Trukikaitis_Postimees, lk 3
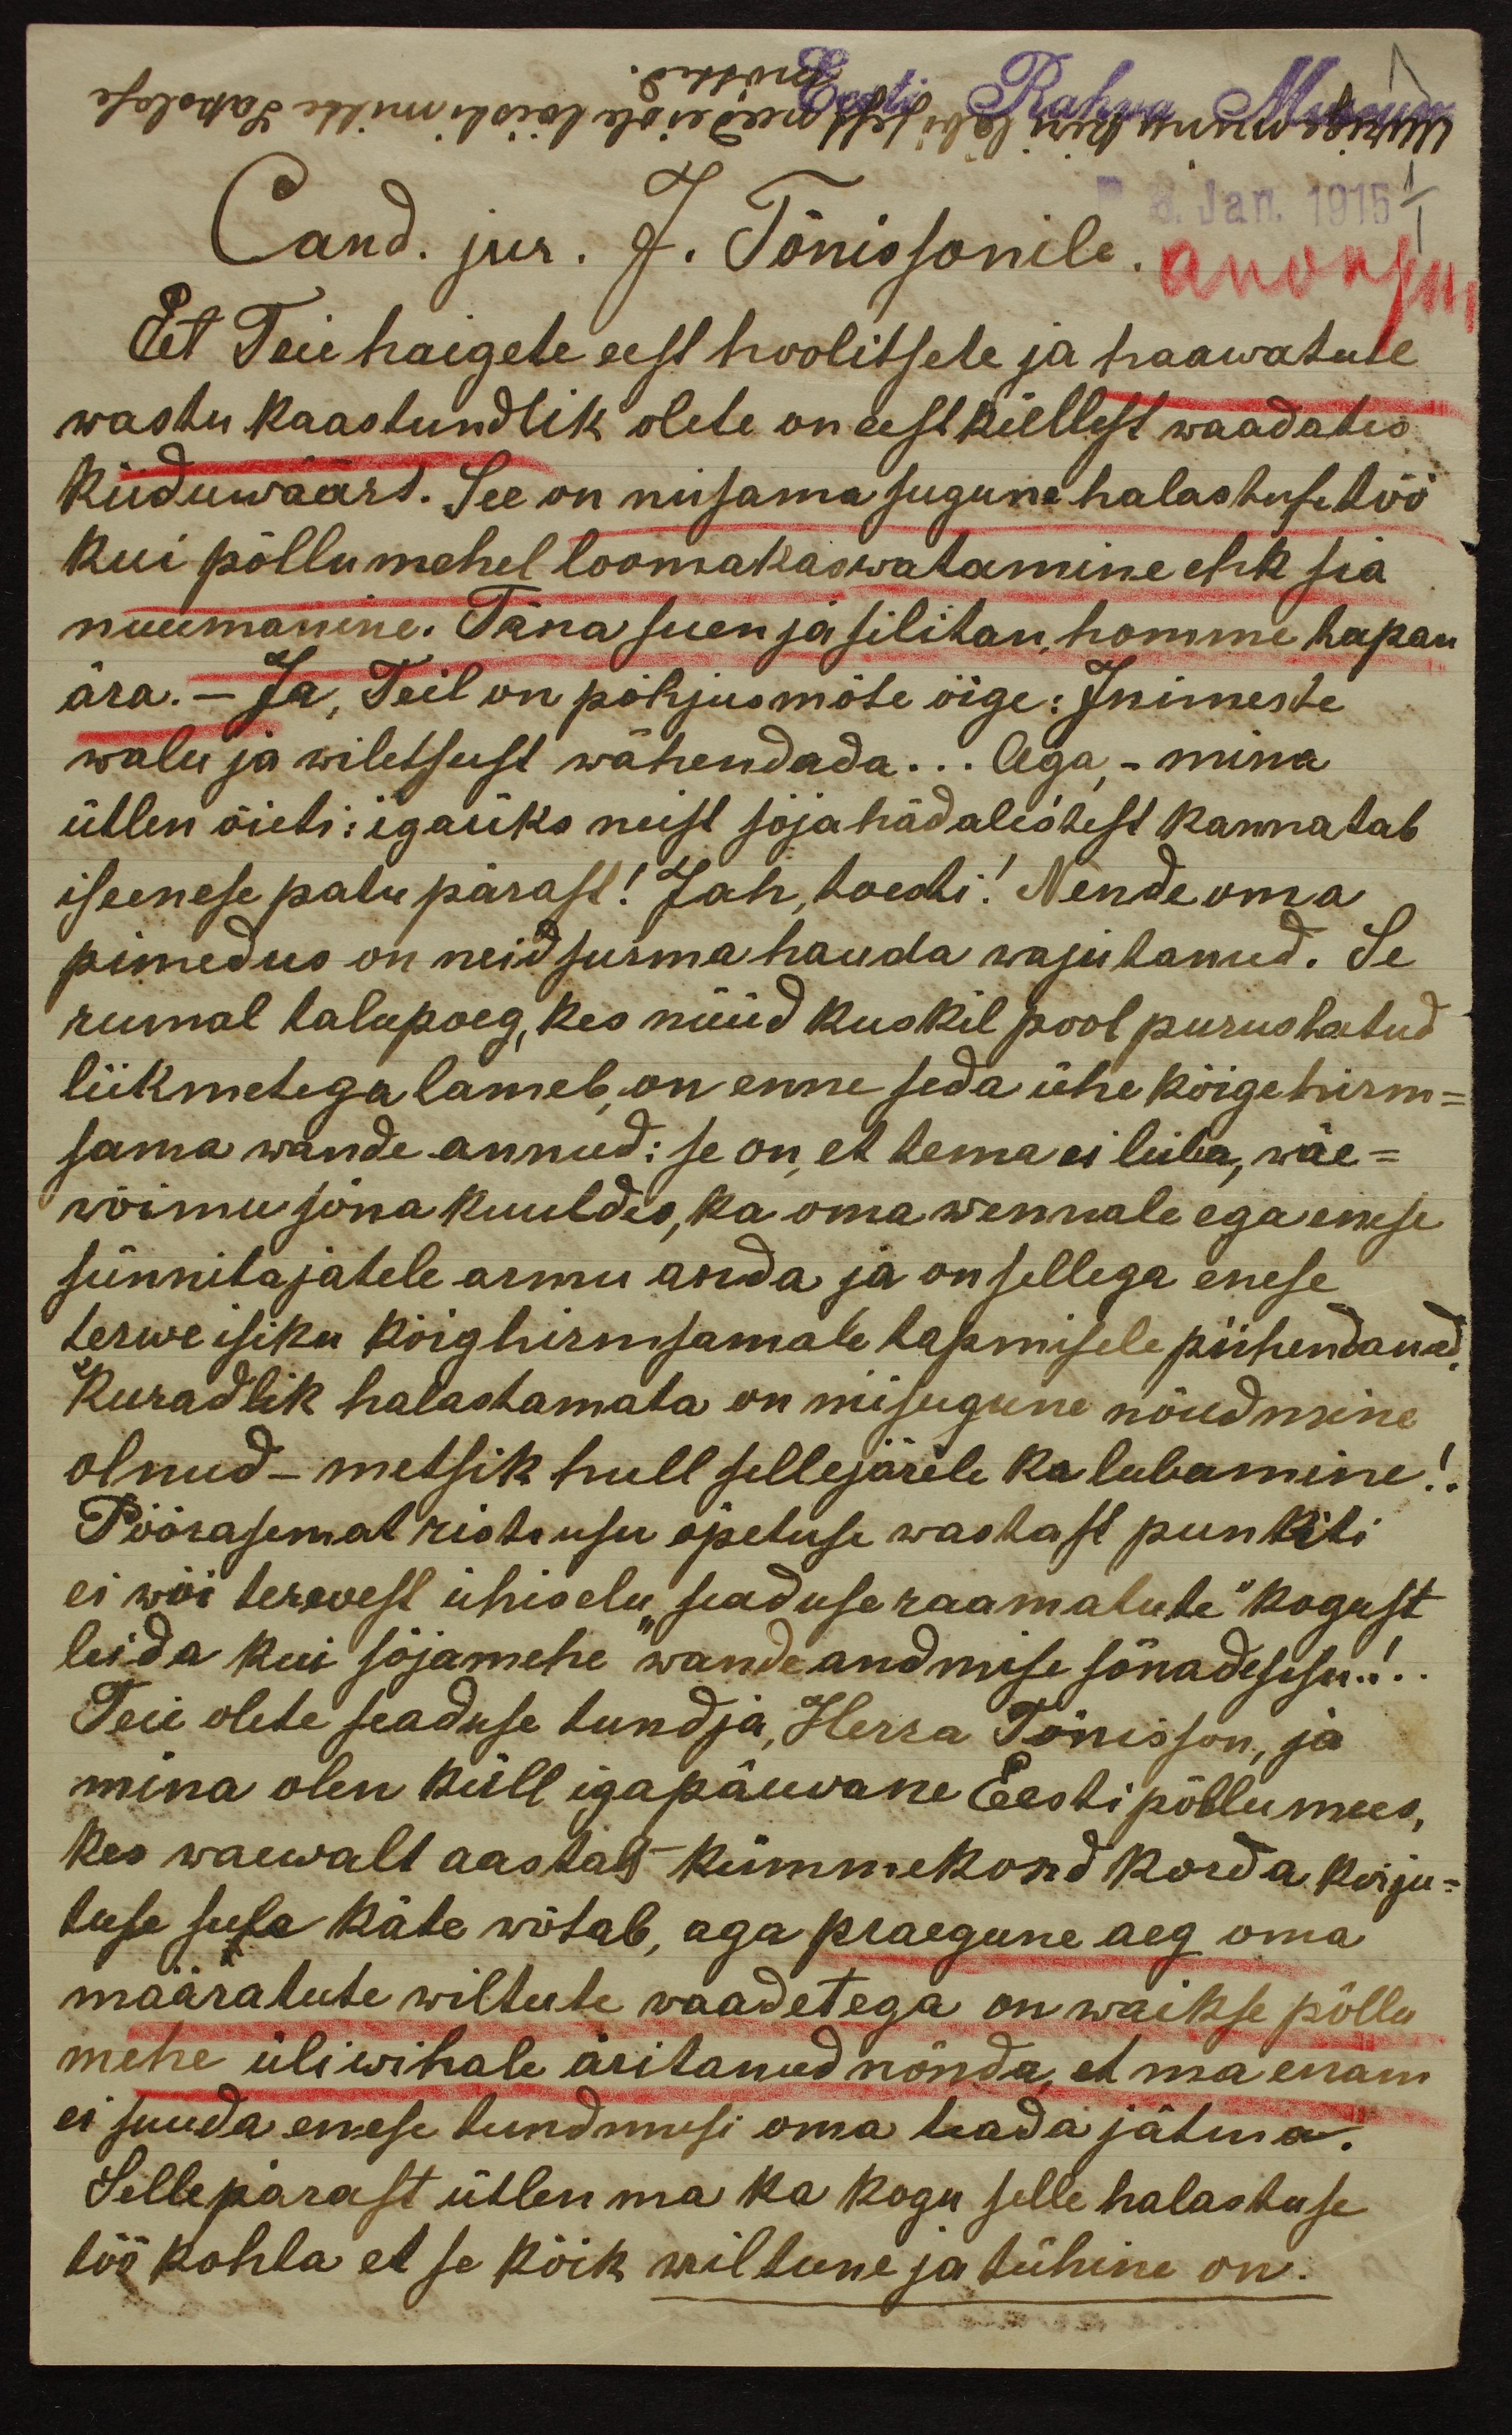
8. Jan. 1915
Cand. jur. J. Tõnissonile.
Et Teie haigete eest hoolitsete ja haawatute
wastu kaastundlik olete on eest küllest waadates
kiiduwäärt. See on niisama sugune halastusetöö
kui põllumehel loomakaswatamine ehk sia
nuumamine. Täna suen ja silitan homme tapan
ära. – ja Teil on põhjus mõte õige: Inimeste
walu ja wiletsust wähendada... Aga – mina
ütlen õieti: igaüks neist sõjahädalistest kannatab
iseenese patu pärast! Jah, toesti! Nende oma
pimedus on neid surma hauda wajutanud. Se
rumal talupoeg, kes nüüd kuskil pool purustatud
liikmetega lameb on enne seda ühe kõige hirm-
sama wande annud: se on et tema ei luba, väe-
wõimu sõna kuuldes, ka oma wennale ega enese
sünnitajatele armu anda ja on sellega enese
terwe isiku kõighirmsamale tapamisele pühendanud.
Kuradlik halastamata on missugune nõudmine
olnud - metsik hull sellejärele ka lubamine!
Pöörasemat ristsusu õpetuse wastast punkiti
ei wõi terwest ühiselu "seaduse raamatute" kogust
leida kui sõjamehe wande andmise sõnadesisu.!..
Teie olete seaduse tundja, Herra Tõnisson, ja
mina olen küll igapäewane Eesti põllumees,
kes waewalt aastas kümmekond korda kirju-
tuse sule käte wõtab, aga praegune aeg oma
määratute wiltute vaadetega on waikse põllu
mehe üliwihale äritanud nõnda, et ma enam
ei suuda enese tundmusi oma teada jätma.
Sellepärast ütlen ma ka kogu selle halastuse
töö kohta et se kõik wiltune ja tühine on.